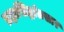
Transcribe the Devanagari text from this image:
ब्रह्मसिद्धांतसार